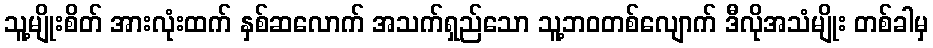
သူ့မျိုးစိတ် အားလုံးထက် နှစ်ဆလောက် အသက်ရှည်သော သူ့ဘဝတစ်လျောက် ဒီလိုအသံမျိုး တစ်ခါမှ